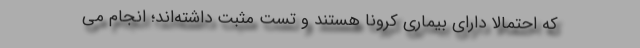
که احتمالا دارای بیماری کرونا هستند و تست مثبت داشته‌اند؛ انجام می